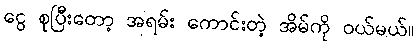
ငွေ စုပြီးတော့ အရမ်း ကောင်းတဲ့ အိမ်ကို ဝယ်မယ်။